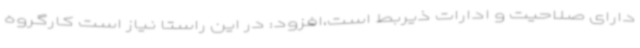
دارای صلاحیت و ادارات ذیربط است،افزود: در این راستا نیاز است کارگروه